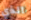
الذي